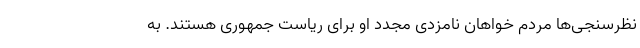
نظر‌سنجی‌ها مردم خواهان نامزدی مجدد او برای ریاست جمهوری هستند. به